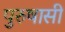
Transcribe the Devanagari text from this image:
पुरुषासी